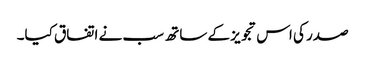
صدر کی اس تجویز کے ساتھ سب نے اتفاق کیا۔